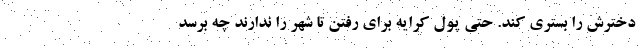
دخترش را بستری کند. حتی پول کرایه برای رفتن تا شهر را ندارند چه برسد